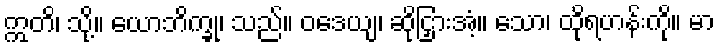
ဣတိ၊ သို့။ ယောဘိက္ခု၊ သည်။ ဝဒေယျ၊ ဆိုငြှားအံ့။ သော၊ ထိုရဟန်းကို။ မာ